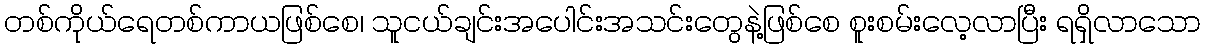
တစ်ကိုယ်ရေတစ်ကာယဖြစ်စေ၊ သူငယ်ချင်းအပေါင်းအသင်းတွေနဲ့ဖြစ်စေ စူးစမ်းလေ့လာပြီး ရရှိလာသော